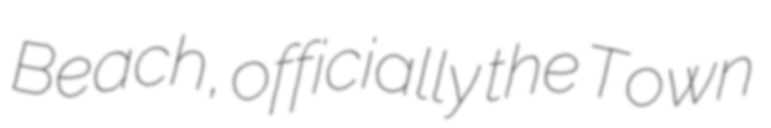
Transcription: Beach, officially the Town